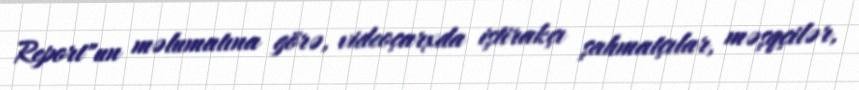
Report"un məlumatına görə, videoçarxda iştirakçı şahmatçılar, məşqçilər,